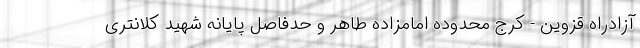
آزادراه قزوین - کرج محدوده امامزاده طاهر و حدفاصل پایانه شهید کلانتری